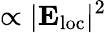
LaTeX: \propto|{\mathbf E}_{\mathrm{loc}}|^{2}